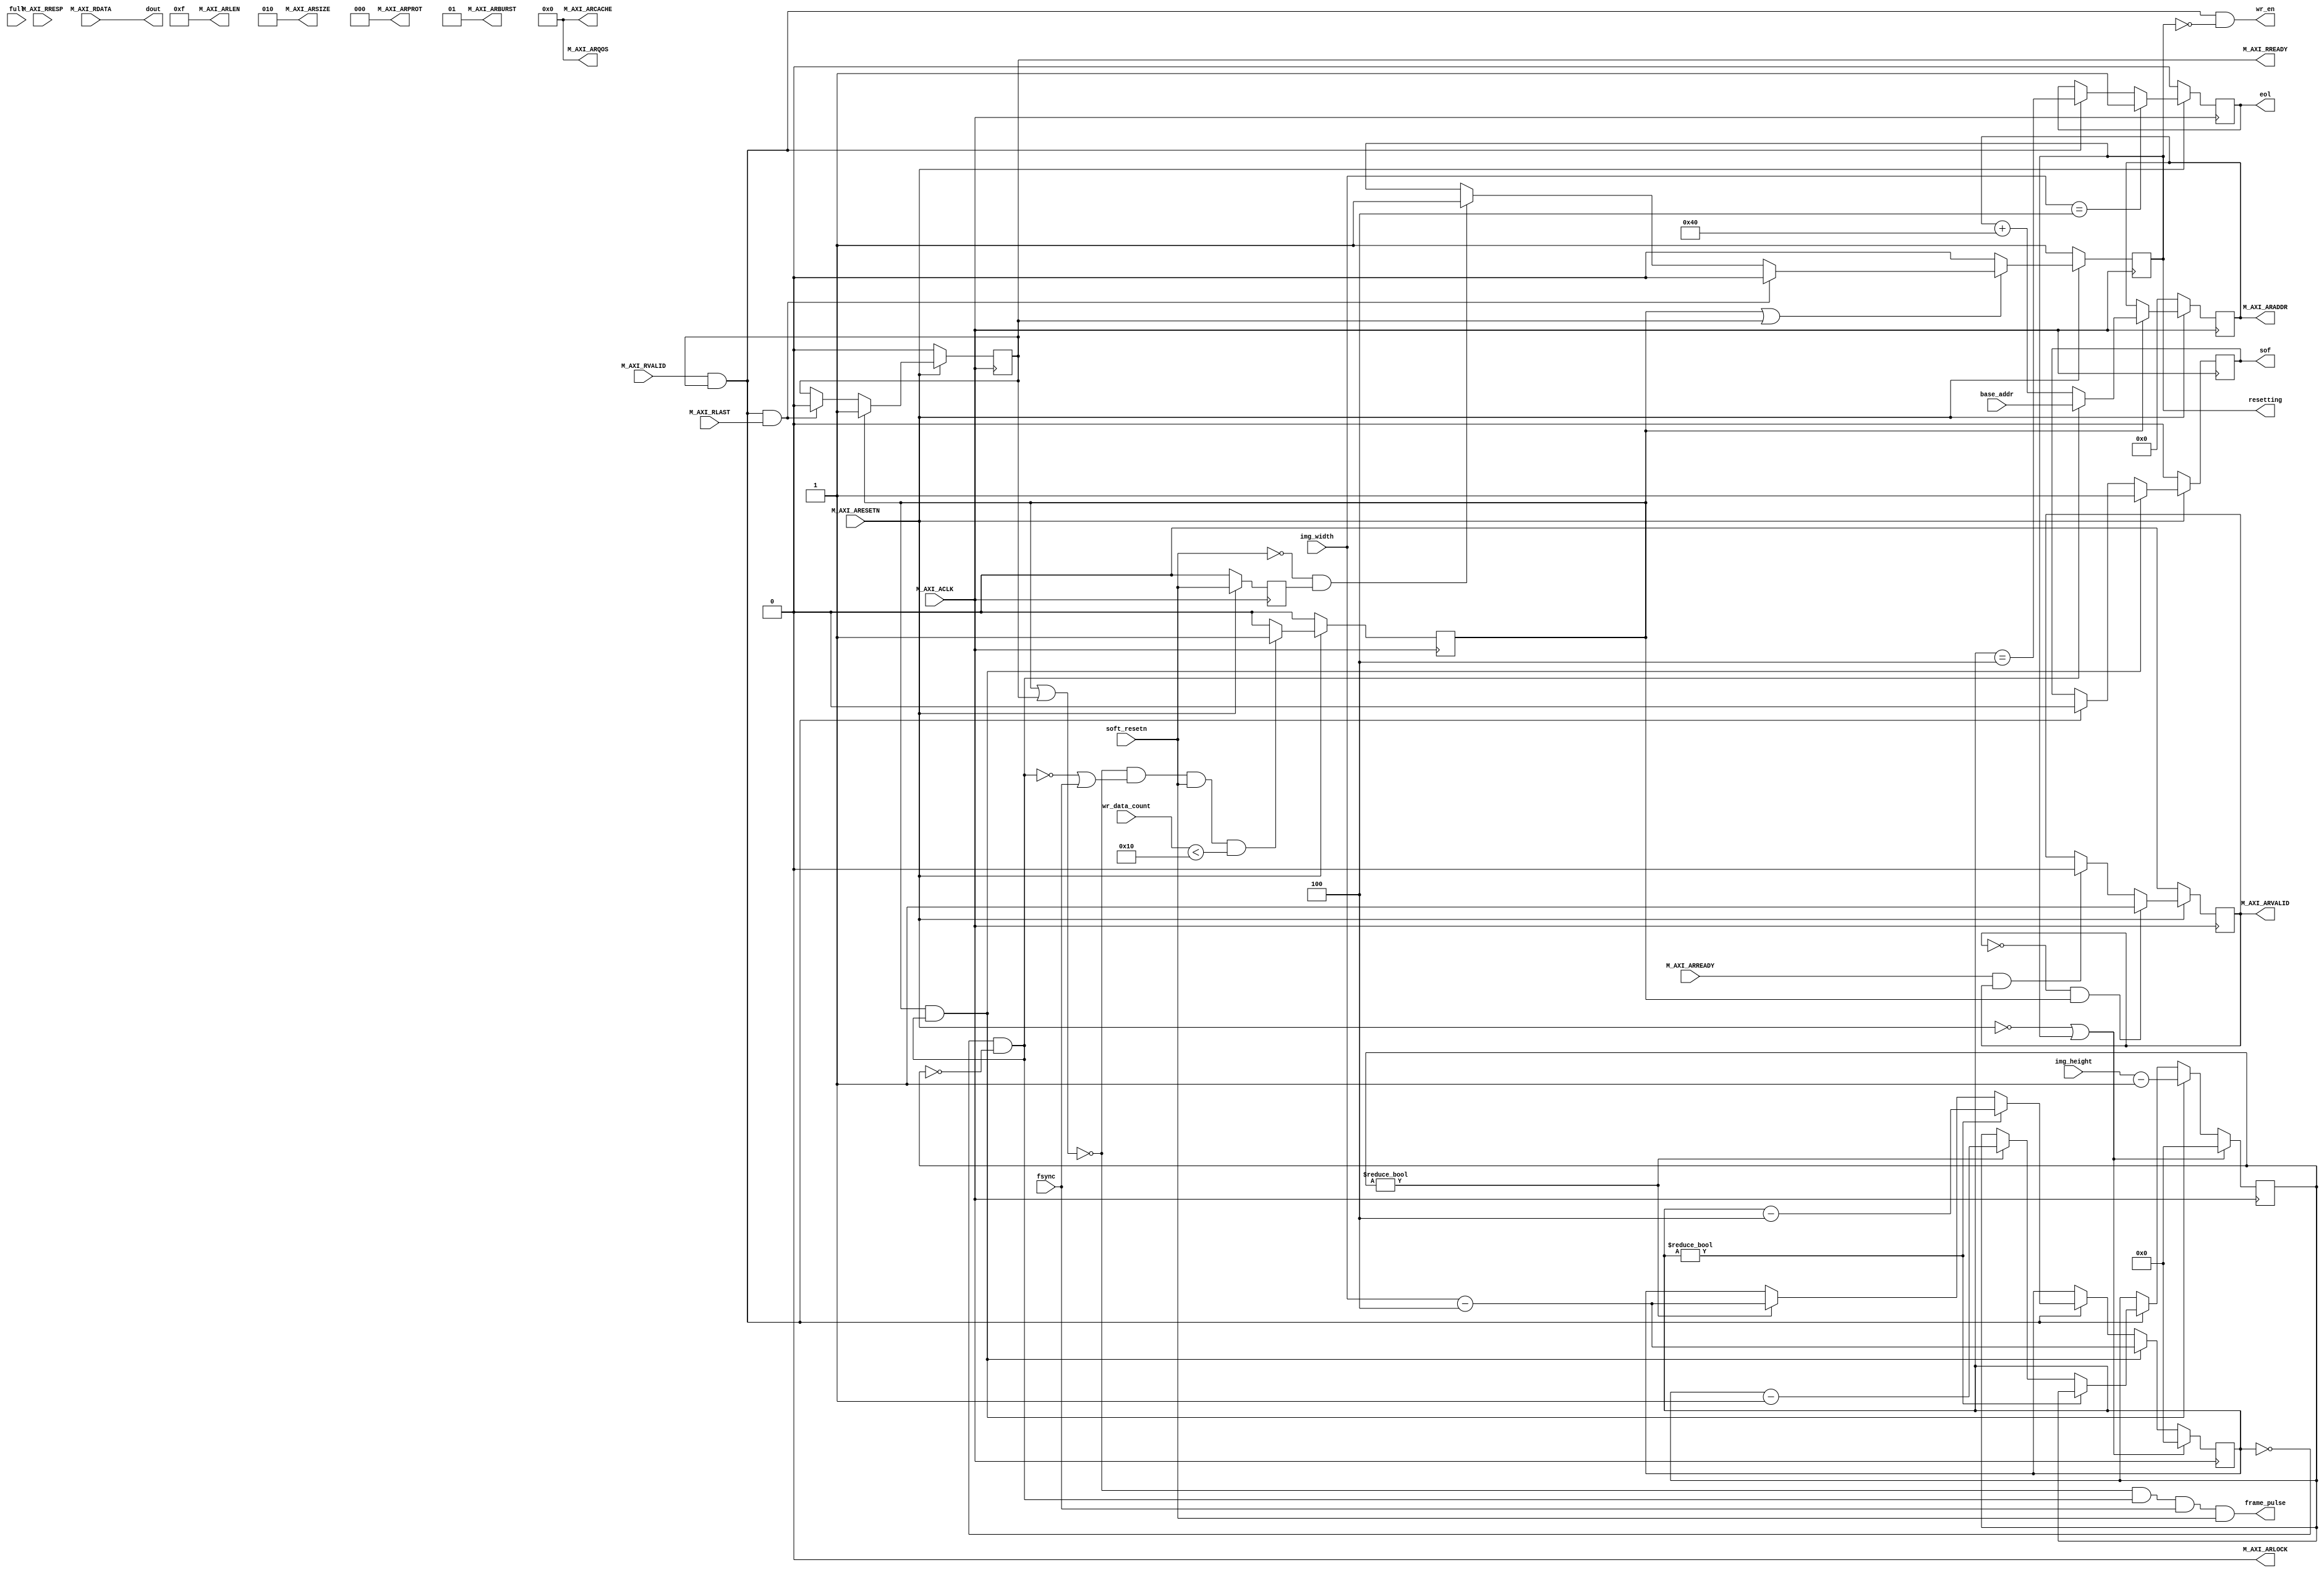
module MM2FIFO #
(
	parameter integer C_IMG_WBITS	= 12,
	parameter integer C_IMG_HBITS	= 12,
	parameter integer C_ADATA_PIXELS = 4,
	parameter integer C_DATACOUNT_BITS = 12,
	// Burst Length. Supports 1, 2, 4, 8, 16, 32, 64, 128, 256 burst lengths
	parameter integer C_M_AXI_BURST_LEN	= 16,
	// Width of Address Bus
	parameter integer C_M_AXI_ADDR_WIDTH	= 32,
	// Width of Data Bus
	parameter integer C_M_AXI_DATA_WIDTH	= 32
)
(
	input wire soft_resetn,
	output wire resetting,
	input wire [C_IMG_WBITS-1:0] img_width,
	input wire [C_IMG_HBITS-1:0] img_height,
	input wire fsync,
	output wire sof,
	output wire eol,
	output wire [C_M_AXI_DATA_WIDTH-1 : 0] dout,
	output wire wr_en,
	input wire full,
	input wire [C_DATACOUNT_BITS-1:0] wr_data_count,
	output wire frame_pulse,
	input wire [C_M_AXI_ADDR_WIDTH-1 : 0] base_addr,
	input wire  M_AXI_ACLK,
	input wire  M_AXI_ARESETN,
	output wire [C_M_AXI_ADDR_WIDTH-1 : 0] M_AXI_ARADDR,
	output wire [7 : 0] M_AXI_ARLEN,
	output wire [2 : 0] M_AXI_ARSIZE,
	output wire [1 : 0] M_AXI_ARBURST,
	output wire  M_AXI_ARLOCK,
	output wire [3 : 0] M_AXI_ARCACHE,
	output wire [2 : 0] M_AXI_ARPROT,
	output wire [3 : 0] M_AXI_ARQOS,
	output wire  M_AXI_ARVALID,
	input wire  M_AXI_ARREADY,
	input wire [C_M_AXI_DATA_WIDTH-1 : 0] M_AXI_RDATA,
	input wire [1 : 0] M_AXI_RRESP,
	input wire  M_AXI_RLAST,
	input wire  M_AXI_RVALID,
	output wire  M_AXI_RREADY
);
	function integer clogb2 (input integer bit_depth);
	begin
		for(clogb2=0; bit_depth>0; clogb2=clogb2+1)
			bit_depth = bit_depth >> 1;
	end
	endfunction
	function integer cupperbytes(input integer bit_depth);
	begin
		if (bit_depth <= 8)
			cupperbytes = 1;
		else if (bit_depth <= 16)
			cupperbytes = 2;
		else
			cupperbytes = 4;
	end
	endfunction
	// C_TRANSACTIONS_NUM is the width of the index counter for
	// number of write or read transaction.
	localparam integer C_TRANSACTIONS_NUM = clogb2(C_M_AXI_BURST_LEN-1);
	//Burst size in bytes
	localparam integer C_BURST_SIZE_BYTES	= C_M_AXI_BURST_LEN * C_M_AXI_DATA_WIDTH/8;
	/// registers
	reg [C_M_AXI_ADDR_WIDTH-1 : 0] 	axi_araddr;
	reg  	axi_arvalid;
	/// @note: don't across 4K edge
	reg  	start_burst_pulse;
	reg  	burst_read_active;
	//Interface response error flags
	wire  	read_resp_error;
	wire  	rnext;
	reg	r_sof;
	reg	r_eol;
	reg [C_IMG_WBITS-1 : 0] r_img_col_idx;
	reg [C_IMG_HBITS-1 : 0] r_img_row_idx;
	///  resetting
	reg soft_resetn_d1;
	always @ (posedge M_AXI_ACLK) begin
		if (M_AXI_ARESETN == 1'b0) soft_resetn_d1 <= 1'b0;
		else soft_resetn_d1 <= soft_resetn;
	end
	reg r_soft_resetting;
	assign resetting = r_soft_resetting;
	always @ (posedge M_AXI_ACLK) begin
		if (M_AXI_ARESETN == 1'b0)
			r_soft_resetting <= 1'b1;
		else if (~(start_burst_pulse | burst_read_active))
			r_soft_resetting <= 1'b0;
		else if (rnext && M_AXI_RLAST)
			r_soft_resetting <= 1'b0;
		else if (~soft_resetn && soft_resetn_d1)	/// soft_resetn negedge
			r_soft_resetting <= 1'b1;
		else
			r_soft_resetting <= r_soft_resetting;
	end
	// I/O Connections assignments
	assign sof		= r_sof;
	assign eol		= r_eol;
	assign dout		= M_AXI_RDATA;
	assign rnext 		= M_AXI_RVALID && M_AXI_RREADY;
	assign wr_en		= rnext && ~resetting;
	//Read Address (AR)
	assign M_AXI_ARADDR	= axi_araddr;
	assign M_AXI_ARLEN	= C_M_AXI_BURST_LEN - 1;
	assign M_AXI_ARSIZE	= clogb2((C_M_AXI_DATA_WIDTH/8)-1);
	assign M_AXI_ARBURST	= 2'b01;
	assign M_AXI_ARLOCK	= 1'b0;
	assign M_AXI_ARCACHE	= 4'b0000;
	assign M_AXI_ARPROT	= 3'h0;
	assign M_AXI_ARQOS	= 4'h0;
	assign M_AXI_ARVALID	= axi_arvalid;
	//Read and Read Response (R)
	/// @NOTE: ensure fifo is not full (by checking count when start burst)
	assign M_AXI_RREADY	= burst_read_active;
	//----------------------------
	//Read Address Channel
	//----------------------------
	always @(posedge M_AXI_ACLK) begin
		if (M_AXI_ARESETN == 0) begin
			axi_arvalid <= 1'b0;
		end
		else if (~axi_arvalid && start_burst_pulse) begin
			axi_arvalid <= 1'b1;
		end
		else if (M_AXI_ARREADY && axi_arvalid) begin
			axi_arvalid <= 1'b0;
		end
		else
			axi_arvalid <= axi_arvalid;
	end
	// Next address after ARREADY indicates previous address acceptance
	always @(posedge M_AXI_ACLK) begin
		if (M_AXI_ARESETN == 0) begin
			axi_araddr <= 'b0;
		end
		else if (start_burst_pulse) begin
			if (final_data)
				axi_araddr <= base_addr;
			else
				axi_araddr <= axi_araddr + C_BURST_SIZE_BYTES;
		end
		else
			axi_araddr <= axi_araddr;
	end
	//--------------------------------
	//Read Data (and Response) Channel
	//--------------------------------
	wire final_data;
	assign final_data = (r_img_col_idx == 0 && r_img_row_idx == 0);
	//Flag any read response errors
	assign read_resp_error = M_AXI_RREADY & M_AXI_RVALID & M_AXI_RRESP[1];
	assign frame_pulse = ~(start_burst_pulse || burst_read_active)
			&& final_data
			&& fsync
			&& soft_resetn;
	always @(posedge M_AXI_ACLK) begin
		if (M_AXI_ARESETN == 1'b0)
			start_burst_pulse <= 1'b0;
		else if (~(start_burst_pulse || burst_read_active)
			&& (~final_data || fsync)
			&& soft_resetn
			&& (wr_data_count < C_M_AXI_BURST_LEN))
			start_burst_pulse <= 1'b1;
		else
			start_burst_pulse <= 1'b0;
	end
	always @(posedge M_AXI_ACLK) begin
		if (M_AXI_ARESETN == 0)
			burst_read_active <= 1'b0;
		else if (start_burst_pulse)
			burst_read_active <= 1'b1;
		else if (rnext && M_AXI_RLAST)
			burst_read_active <= 0;
	end
	// Add user logic here
	// User logic ends
	always @(posedge M_AXI_ACLK) begin
		if (M_AXI_ARESETN == 0 || r_soft_resetting) begin
			r_img_col_idx <= 0;
			r_img_row_idx <= 0;
		end
		else if (start_burst_pulse && final_data) begin
			r_img_col_idx <= img_width - C_ADATA_PIXELS;
			r_img_row_idx <= img_height - 1;
		end
		else if (rnext) begin
			if (r_img_col_idx != 0) begin
				r_img_col_idx <= r_img_col_idx - C_ADATA_PIXELS;
				r_img_row_idx <= r_img_row_idx;
			end
			else if (r_img_row_idx != 0) begin
				r_img_col_idx <= img_width - C_ADATA_PIXELS;
				r_img_row_idx <= r_img_row_idx - 1;
			end
			else begin
				r_img_col_idx <= r_img_col_idx;
				r_img_row_idx <= r_img_row_idx;
			end
		end
		else begin
			r_img_col_idx <= r_img_col_idx;
			r_img_row_idx <= r_img_row_idx;
		end
	end
	always @(posedge M_AXI_ACLK) begin
		if (M_AXI_ARESETN == 0) begin
			r_sof <= 1'b0;
		end
		else if (start_burst_pulse && final_data) begin
			r_sof <= 1'b1;
		end
		else if (rnext) begin
			r_sof <= 1'b0;
		end
		else begin
			r_sof <= r_sof;
		end
	end
	always @(posedge M_AXI_ACLK) begin
		if (M_AXI_ARESETN == 0) begin
			r_eol <= 1'b0;
		end
		else if (img_width == C_ADATA_PIXELS) begin
			r_eol <= 1'b1;
		end
		else if (rnext) begin
			r_eol <= (r_img_col_idx == C_ADATA_PIXELS);
		end
		else
			r_eol <= r_eol;
	end
endmodule